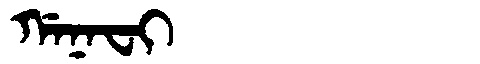
Manchu: ᡤᠠᠨᠠᠸᡳ
Romanization: GANAFI